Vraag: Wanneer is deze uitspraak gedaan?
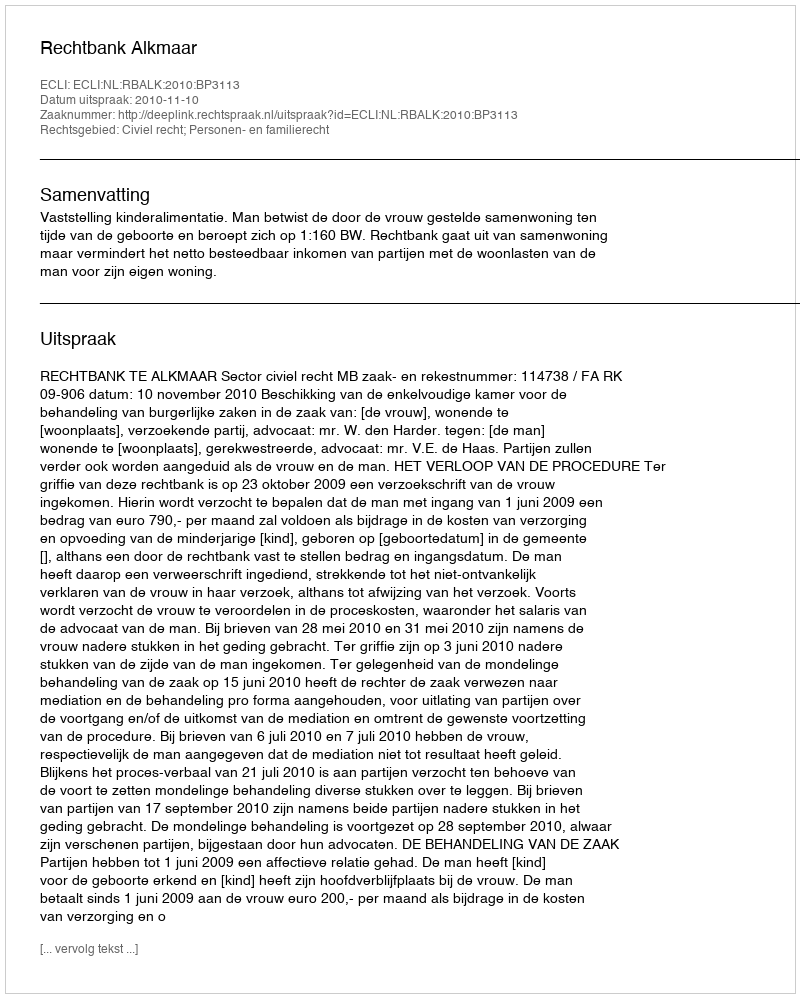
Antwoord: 2010-11-10